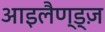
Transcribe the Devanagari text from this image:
आइलैण्ड्ज़